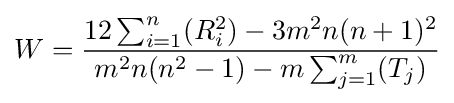
W={\frac {12\sum _{i=1}^{n}(R_{i}^{2})-3m^{2}n(n+1)^{2}}{m^{2}n(n^{2}-1)-m\sum _{j=1}^{m}(T_{j})}}